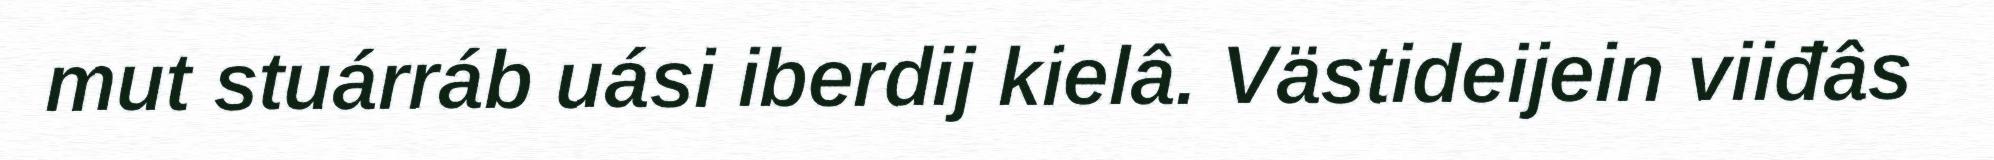
mut stuárráb uási iberdij kielâ. Västideijein viiđâs